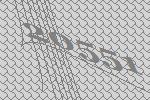
20551